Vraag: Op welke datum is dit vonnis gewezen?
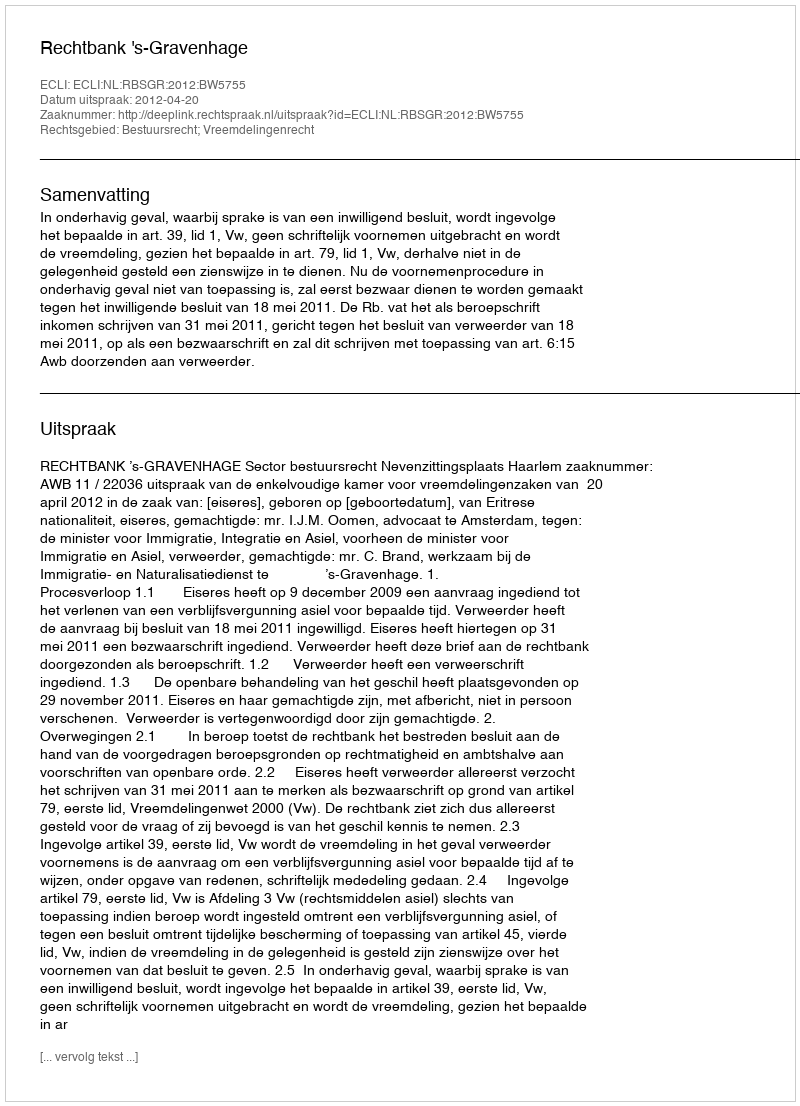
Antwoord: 2012-04-20